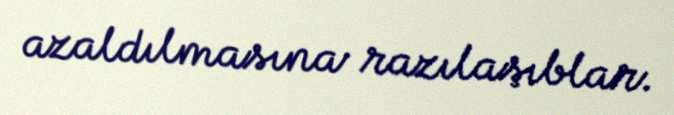
azaldılmasına razılaşıblar.